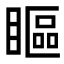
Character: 瞘